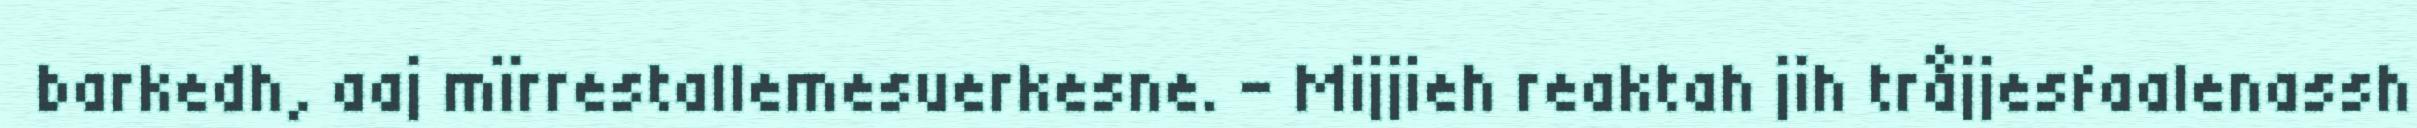
barkedh, aaj mïrrestallemesuerkesne. - Mijjieh reaktah jih tråjjesfaalenassh